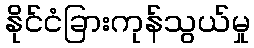
နိုင်ငံခြားကုန်သွယ်မှု